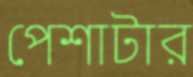
পেশাটার